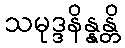
သမုဒ္ဒနိန္နန္တိ